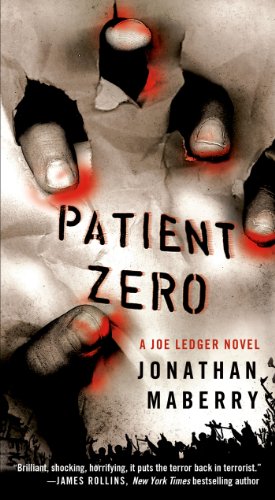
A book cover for Patient Zero: A Joe Ledger Novel; Jonathan Maberry; Mystery, Thriller & Suspense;